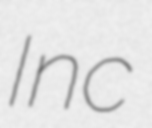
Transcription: Inc